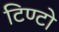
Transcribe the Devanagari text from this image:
टिण्टो